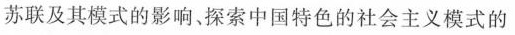
苏联及其模式的影响、探索中国特色的社会主义模式的